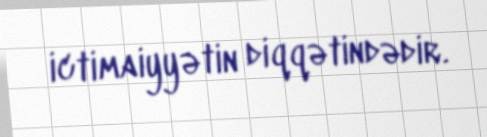
ictimaiyyətin diqqətindədir.